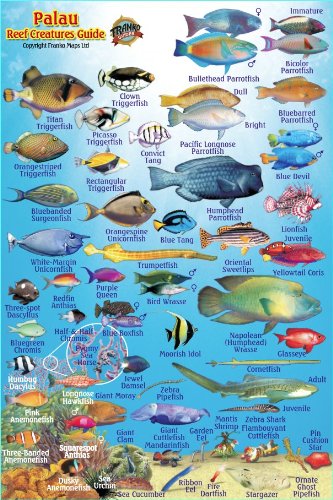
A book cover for Palau Reef Creatures Guide Franko Maps Laminated Fish Card 4" x 6"; Franko Maps Ltd.; Travel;